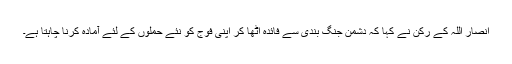
انصار اللہ کے رکن نے کہا کہ دشمن جنگ بندی سے فائدہ اٹھا کر اپنی فوج کو نئے حملوں کے لئے آمادہ کرنا چاہتا ہے۔